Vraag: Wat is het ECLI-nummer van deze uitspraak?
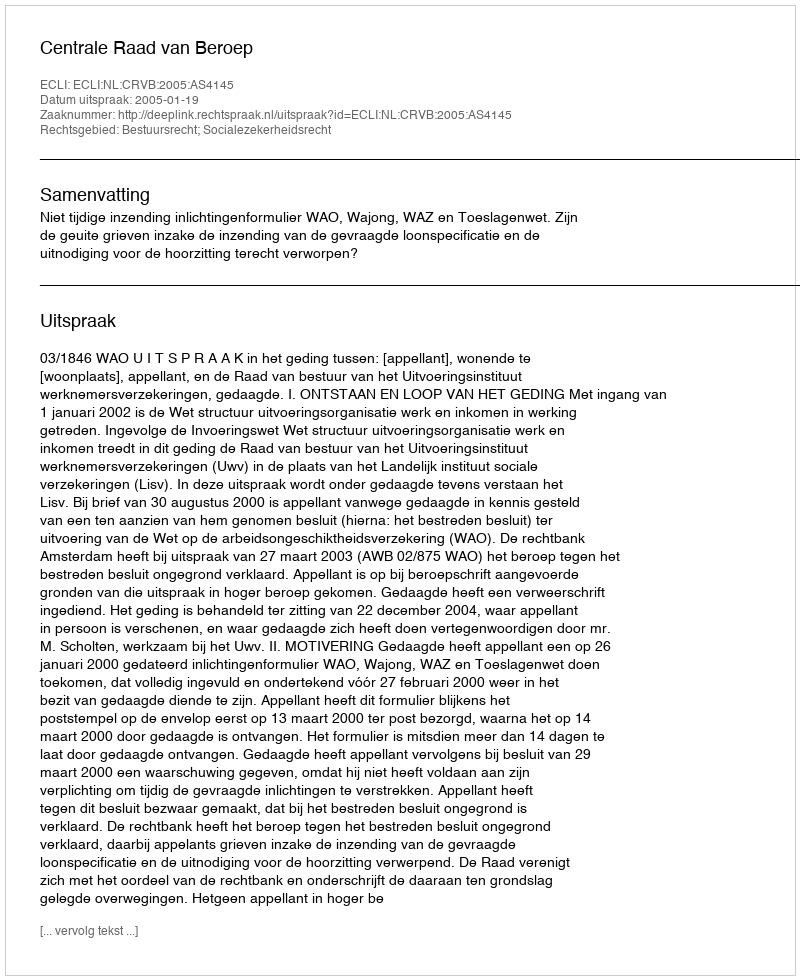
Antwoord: ECLI:NL:CRVB:2005:AS4145